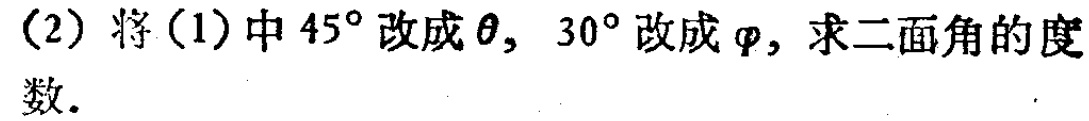
(2) 将(1)中\(45^{\circ}\)改成\(\theta\)，\(30^{\circ}\)改成\(\varphi\)，求二面角的度数.